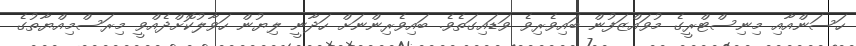
ހަސަންއާއި މިނިސްޓްރީގެ މުވައްޒަފުން ބައިވެރިވެ ވަޑައިގަތެވެ. ބައިވެރިންނަށް ހަދާނީ ލިޔުން ހަވާލުކޮށްދެއްވީ މިރަސްމިއްޔާތުގެ